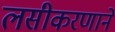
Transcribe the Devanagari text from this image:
लसीकरणाने